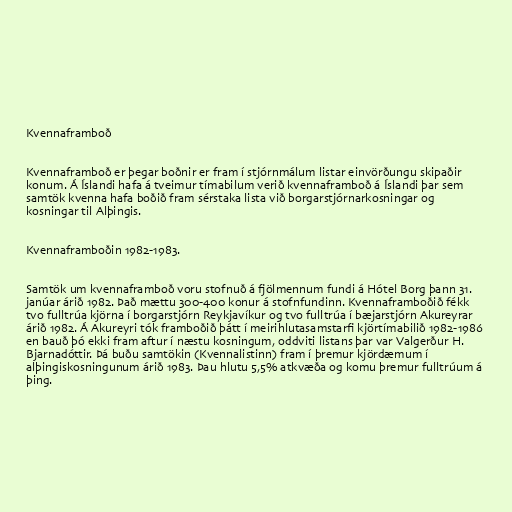
Kvennaframboð

Kvennaframboð er þegar boðnir er fram í stjórnmálum listar einvörðungu skipaðir
konum. Á Íslandi hafa á tveimur tímabilum verið kvennaframboð á Íslandi þar sem
samtök kvenna hafa boðið fram sérstaka lista við borgarstjórnarkosningar og
kosningar til Alþingis.

Kvennaframboðin 1982-1983.

Samtök um kvennaframboð voru stofnuð á fjölmennum fundi á Hótel Borg þann 31.
janúar árið 1982. Það mættu 300-400 konur á stofnfundinn. Kvennaframboðið fékk
tvo fulltrúa kjörna í borgarstjórn Reykjavíkur og tvo fulltrúa í bæjarstjórn Akureyrar
árið 1982. Á Akureyri tók framboðið þátt í meirihlutasamstarfi kjörtímabilið 1982-1986
en bauð þó ekki fram aftur í næstu kosningum, oddviti listans þar var Valgerður H.
Bjarnadóttir. Þá buðu samtökin (Kvennalistinn) fram í þremur kjördæmum í
alþingiskosningunum árið 1983. Þau hlutu 5,5% atkvæða og komu þremur fulltrúum á
þing.